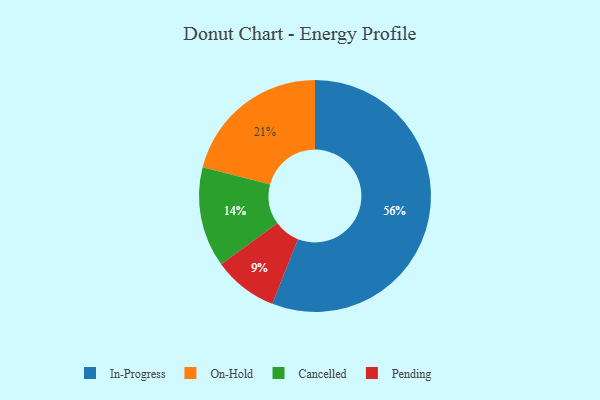
{"axis": {"x": "Category", "y": "Percentage"}, "legend": ["Cancelled", "In-Progress", "On-Hold", "Pending"], "data": [{"x": "On-Hold", "y": 21, "type": "On-Hold"}, {"x": "Pending", "y": 9, "type": "Pending"}, {"x": "In-Progress", "y": 56, "type": "In-Progress"}, {"x": "Cancelled", "y": 14, "type": "Cancelled"}]}